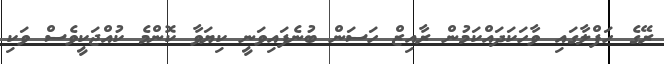
ރޭގެ ހަފްލާގައި ވާހަކަދައްކަމުން ރާއިޒް ހަސަން ބުނެފައިވަނީ ކިޔަވާ ކޮންމެ ކުއްޖަކީވެސް ވަކި